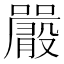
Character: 𡃫